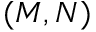
( M , N )